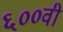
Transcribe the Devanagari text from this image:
६००वी